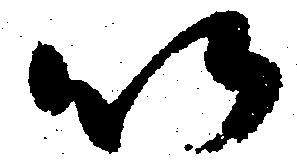
以